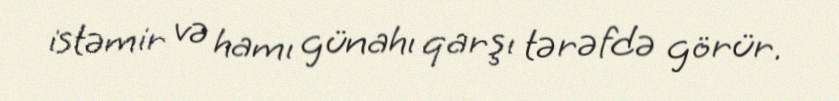
istəmir və hamı günahı qarşı tərəfdə görür.